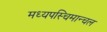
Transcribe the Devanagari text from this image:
मध्यपस्चिमान्चल